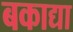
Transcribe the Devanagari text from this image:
बकाद्या